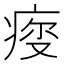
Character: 𤶤